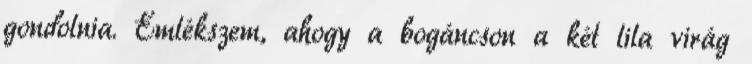
gondolnia. Emlékszem, ahogy a bogáncson a két lila virág